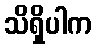
သိရှိပါက